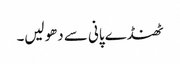
ٹھنڈے پانی سے دھولیں۔